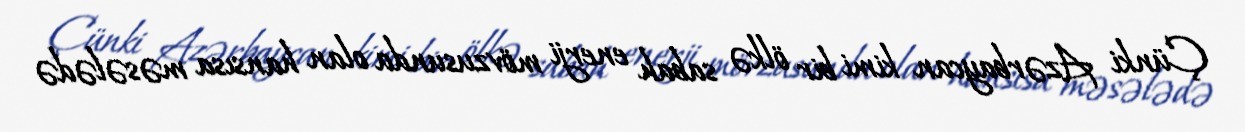
Çünki Azərbaycan kimi bir ölkə sabah enerji mövzusunda olan hansısa məsələdə